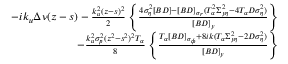
\begin{array} { r l r } & { } & { - i k _ { u } \Delta \nu ( z - s ) - \frac { k _ { u } ^ { 2 } ( z - s ) ^ { 2 } } { 2 } \left\{ \frac { 4 \sigma _ { \eta } ^ { 2 } [ B D ] - [ B D ] _ { \sigma _ { r } } ( T _ { \alpha } ^ { 2 } \Sigma _ { y \eta } ^ { 2 } - 4 T _ { \alpha } D \sigma _ { \eta } ^ { 2 } ) } { [ B D ] _ { y } } \right\} } \\ & { } & { \quad - \frac { k _ { u } ^ { 2 } \sigma _ { p } ^ { 2 } ( z ^ { 2 } - s ^ { 2 } ) ^ { 2 } T _ { \alpha } } { 8 } \left\{ \frac { T _ { \alpha } [ B D ] _ { \sigma _ { \phi } } + 8 i k ( T _ { \alpha } \Sigma _ { y \eta } ^ { 2 } - 2 D \sigma _ { \eta } ^ { 2 } ) } { [ B D ] _ { y } } \right\} } \end{array}